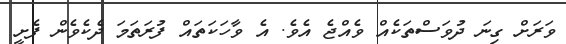
ވަރަށް ގިނަ ދުވަސްތަކެއް ވެއްޖެ އެވެ. އެ ވާހަކަތައް ފުރަތަމަ ދެކެވެން ފެށީ